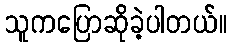
သူကပြောဆိုခဲ့ပါတယ်။